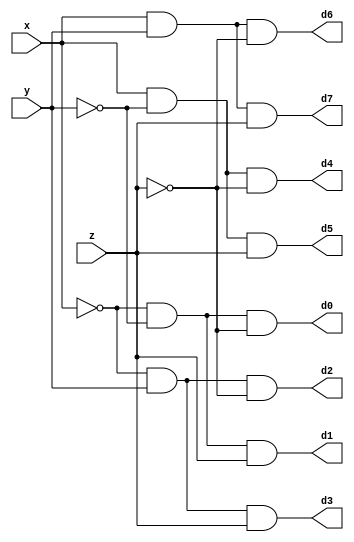
module decoder(d0,d1,d2,d3,d4,d5,d6,d7,x,y,z);
input x,y,z; 
output d0,d1,d2,d3,d4,d5,d6,d7; 
wire x0,y0,z0; 
not n1(x0,x); 
not n2(y0,y); 
not n3(z0,z); 
and a0(d0,x0,y0,z0); 
and a1(d1,x0,y0,z); 
and a2(d2,x0,y,z0); 
and a3(d3,x0,y,z); 
and a4(d4,x,y0,z0); 
and a5(d5,x,y0,z); 
and a6(d6,x,y,z0); 
and a7(d7,x,y,z); 
endmodule

module fadder(s,c,x,y,z);
input x,y,z;
output s,c;
wire d0,d1,d2,d3,d4,d5,d6,d7; 

decoder ded(d0,d1,d2,d3,d4,d5,d6,d7,x,y,z);

assign s = d1|d2|d4|d7;
assign c = d3|d5|d6|d7;

endmodule

module adder(s,cx,x,y,z); 
input [7:0] x,y;
input z;
output [7:0] s;
output cx;
//wire cout;
fadder df(s[0],c, x[0],y[0],z);
fadder df1(s[1],c1, x[1],y[1],c);
fadder df2(s[2],c2, x[2],y[2],c1);
fadder df3(s[3],c3, x[3],y[3],c2);
fadder df4(s[4],c4, x[4],y[4],c3);
fadder df5(s[5],c5, x[5],y[5],c4);
fadder df6(s[6],c6, x[6],y[6],c5);
fadder df7(s[7],cx, x[7],y[7],c6);
   
endmodule

module adderL(s,cx,x,y,z); 
input [31:0] x,y;
input z;
output [31:0] s;
output cx;
//wire cout;
adder df(s[7:0],c, x[7:0],y[7:0],z);
adder df1(s[15:8],c1, x[15:8],y[15:8],c);
adder df2(s[23:16],c2, x[23:16],y[23:16],c1);
adder df3(s[31:24],cx, x[31:24],y[31:24],c2);

//assign cx = s[32];
   
endmodule

module testbench;     
reg [31:0] x,y;
reg z;     
wire [31:0]s;
wire c;     
adderL ad(s,c,x,y,z);  
initial
begin
$dumpfile("32bit.vcd");
$dumpvars();
end   
initial        
$monitor(,$time,"x=%32b,y=%32b,z=%b,s=%32b,c=%b",x,y,z,s,c);     
initial        
begin        
    #0 x =  32'b00000000000000000000000000000000;//#0 represents delay
	#0 y =  32'b00000000000000000000000000000001;
	#0 z =  1'b0;
	repeat(8)/*repeat the loop 8 times*/
	#8 x = x + 32'b00000000000000000000000000000001;
	#8 y = y + 32'b00000000000000000000000000000011;
end 
endmodule